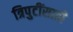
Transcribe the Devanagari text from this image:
त्रिपुटींसाठी